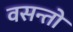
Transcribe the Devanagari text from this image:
वसन्तो